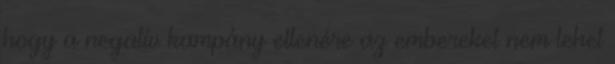
hogy a negatív kampány ellenére az embereket nem lehet